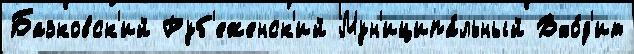
Базковск'ий Руб'еженск'ий Мун'иципа́льный Вхо́д'ит